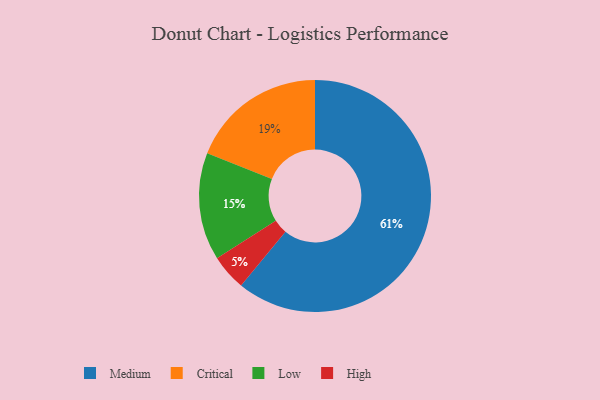
{"axis": {"x": "Category", "y": "Percentage"}, "legend": ["Critical", "High", "Low", "Medium"], "data": [{"x": "Low", "y": 15, "type": "Low"}, {"x": "Medium", "y": 61, "type": "Medium"}, {"x": "High", "y": 5, "type": "High"}, {"x": "Critical", "y": 19, "type": "Critical"}]}